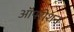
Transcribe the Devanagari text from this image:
ऑपरोशन